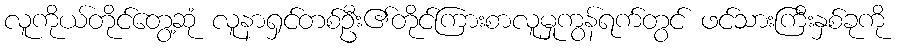
လူကိုယ်တိုင်တွေ့ဆုံ လူနာရှင်တစ်ဦး၏တိုင်ကြားစာလူမှုကွန်ရက်တွင် ဖင်သားကြီးနှစ်ခုကို